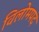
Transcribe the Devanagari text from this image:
विलोमपद